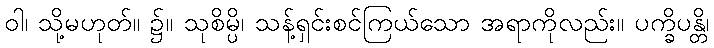
ဝါ၊ သို့မဟုတ်။ ၌။ သုစိမ္ပိ၊ သန့်ရှင်းစင်ကြယ်သော အရာကိုလည်း။ ပက္ခိပန္တိ၊